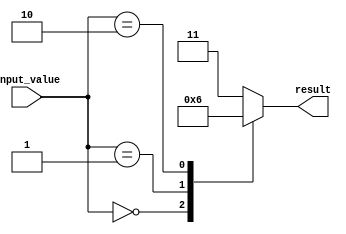
module dont_care_behavior (
    input wire [3:0] input_value,
    output reg [1:0] result
);

always @(*) begin
    case (input_value)
        4'b0000: result = 2'b00;
        4'b0001: result = 2'b01;
        4'b0010: result = 2'b10;
        default: result = 2'b11; // Handling the "don't care" cases with default statement
    endcase
end

endmodule